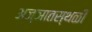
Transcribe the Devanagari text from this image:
अज्ञातस्थळी